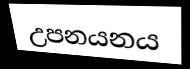
උපනයනය